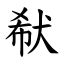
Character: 㹷